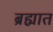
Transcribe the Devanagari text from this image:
ब्रह्मात